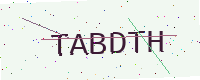
Text: TABDTH